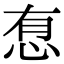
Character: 㤫